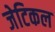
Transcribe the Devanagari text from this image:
जेटिकल